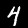
Digit: 4